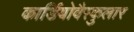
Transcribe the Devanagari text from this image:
कार्डियोवैस्कुलार